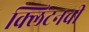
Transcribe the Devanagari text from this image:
क्लिंटनची